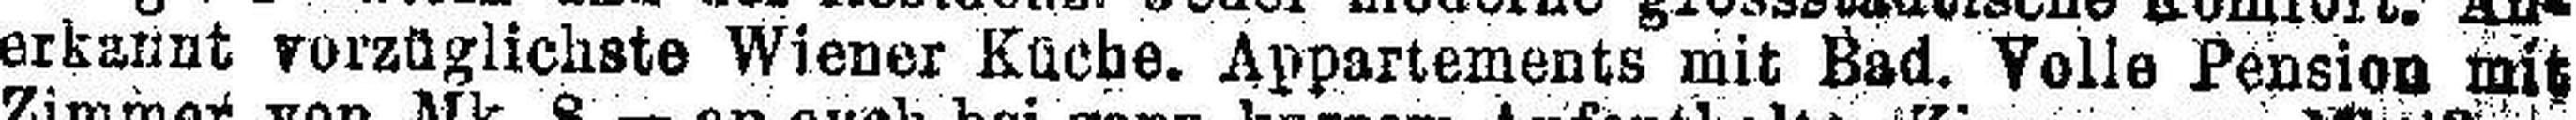
erkannt vorzüglichste Wiener Küche. Appartements mit Bad. Volle Pension mit